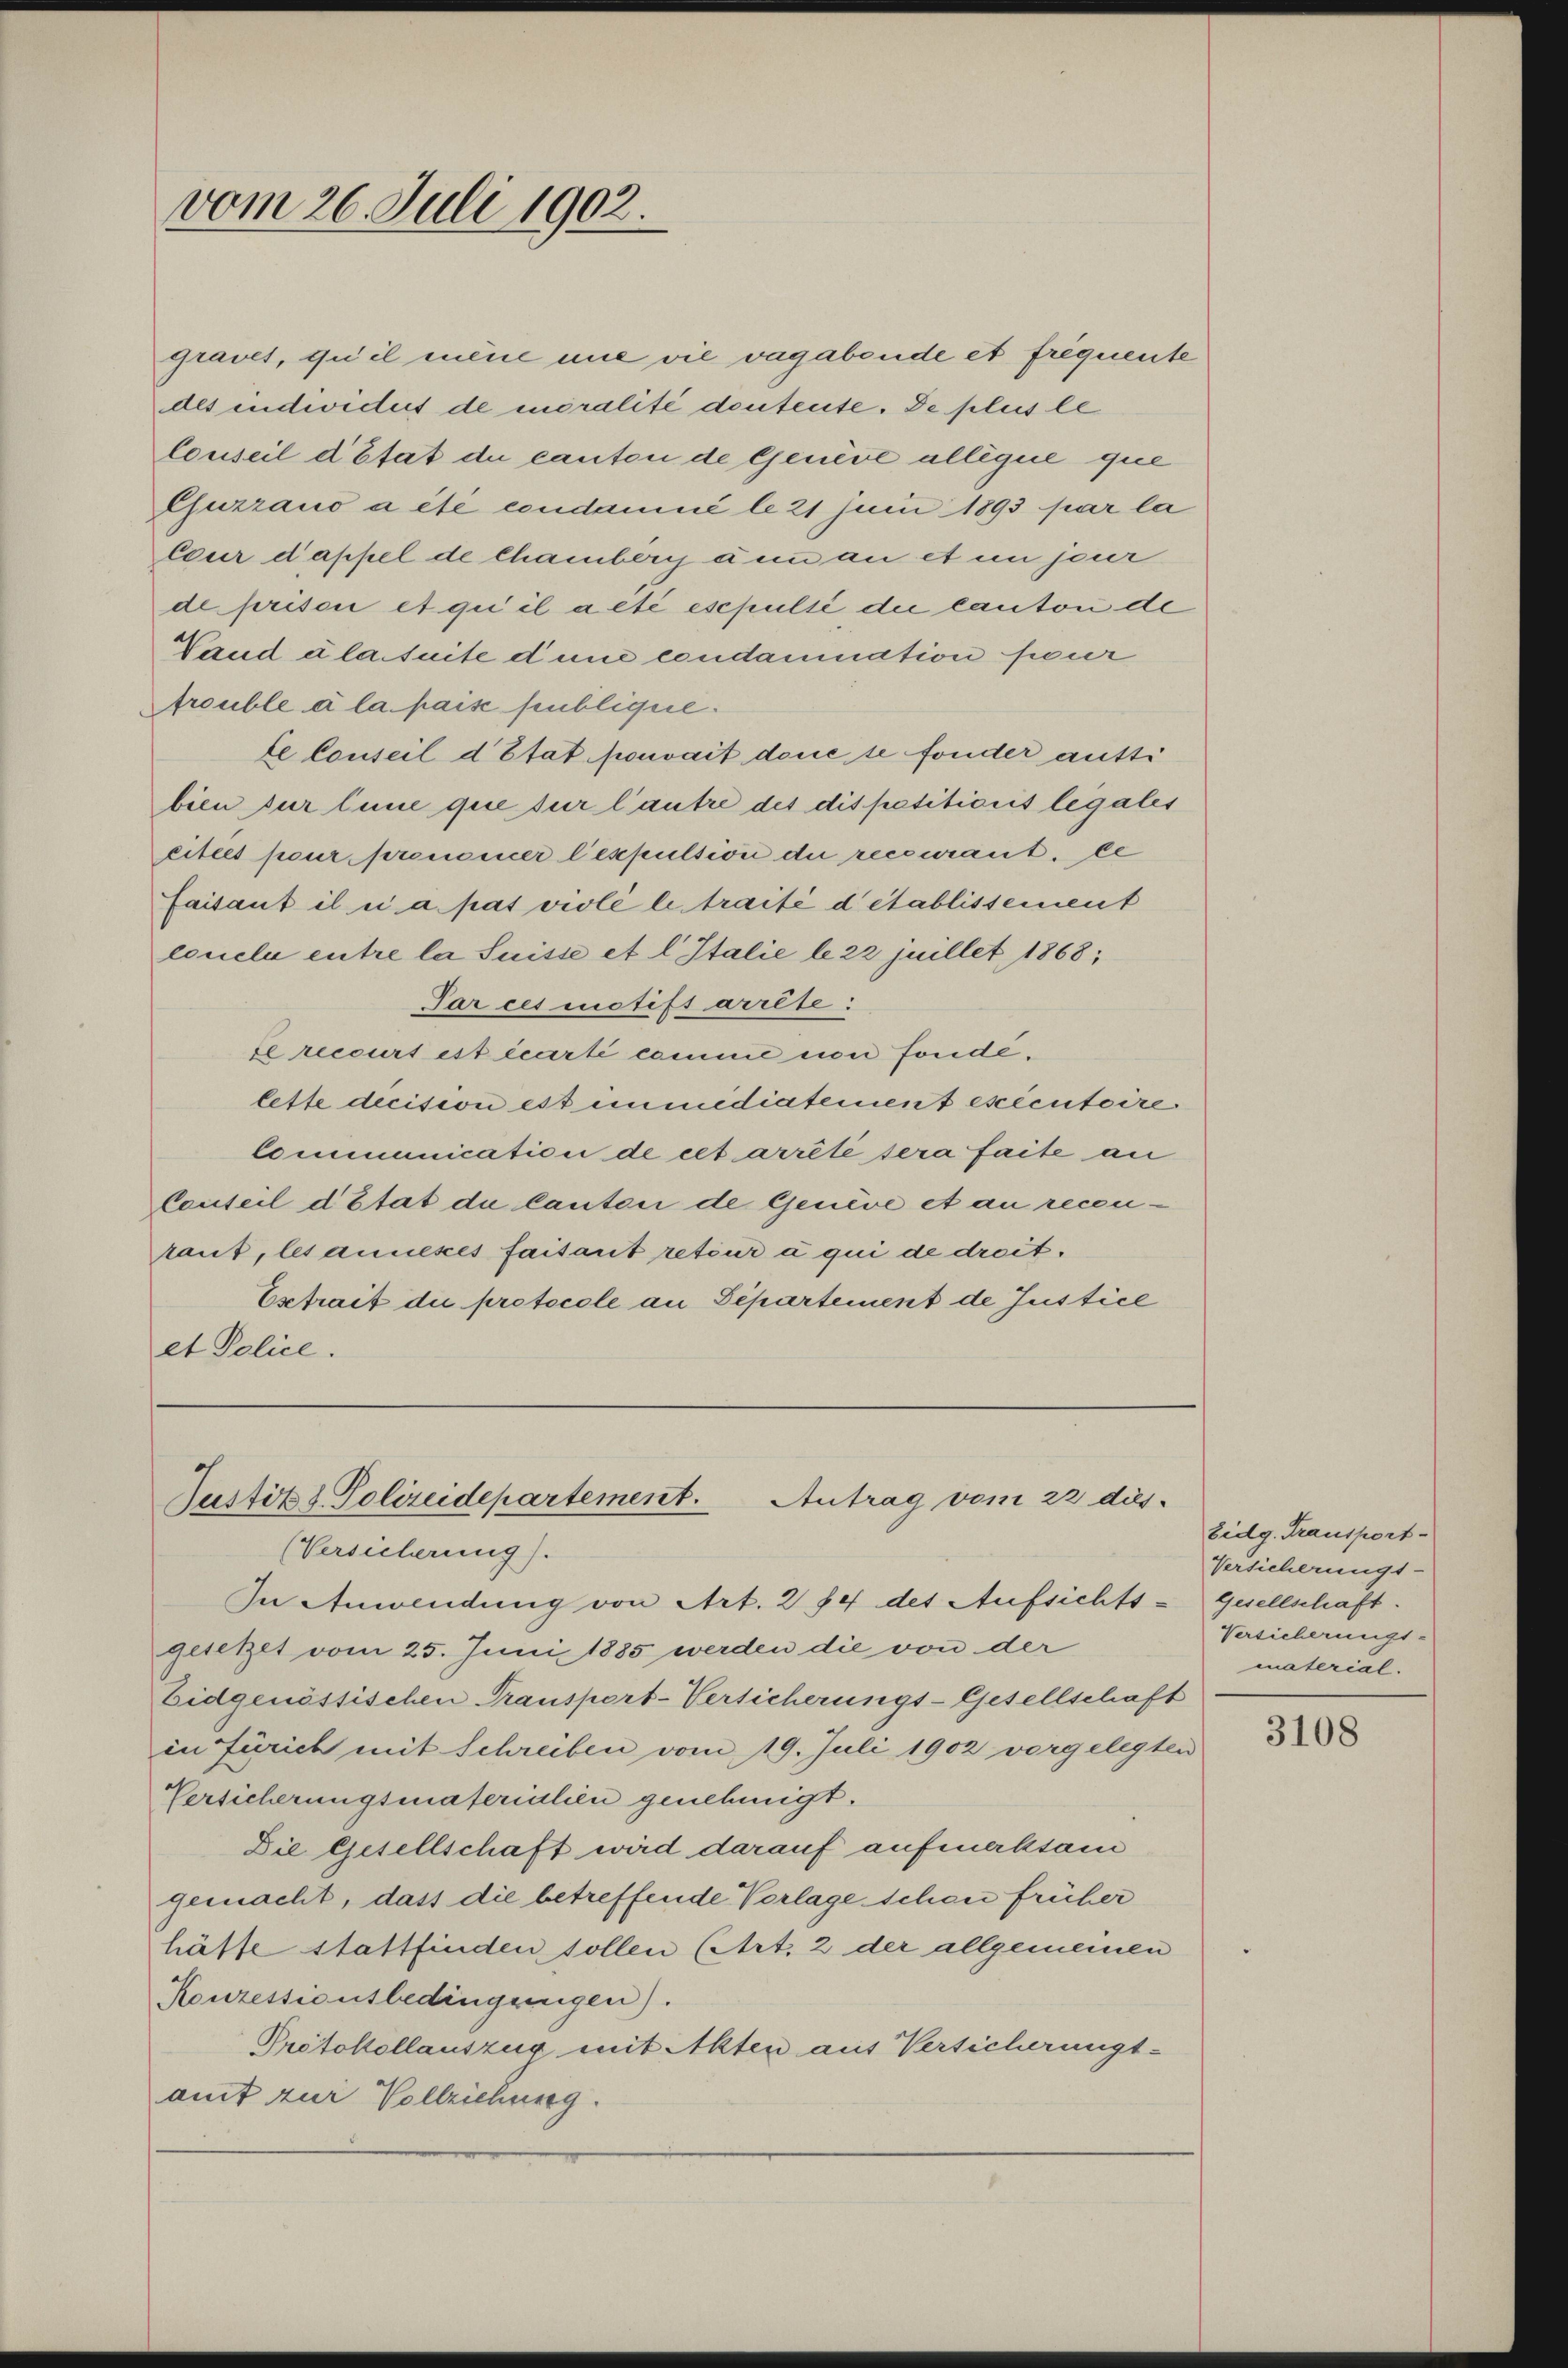
gravet, tu il mine nie vie vagabende et frequente
des individuit de moralité dontente. De plus le
louseil d’Etat de canton de Genève allégue que
Chuzzauo a été condamné le 21 Juni 1893 par la
ceur d’appel de chamberg aun an et in jeur
de prison et qui il a été esepulté die Canton de
Vandalaisuite d’une condamination four
frouble à la paise sublique.
te Conseil d’Etat pouvait dene se fonder gutti
bien der Eine que sur l’autre des dit petiticiis legales
citées pour prononcer lexpulsion der recourant. De
faisant il ii a. pas violé le traité détablissement
louela entre la Suisse et l. Italie le 22 juillet 1868;
Par ces motift arrête:
te recourt est écurti comme von Fonde.
lette decision est immediatement exécutoire.
Communication de cet arrêté sera faite an
Cauteil d’Etat de lauten de Genève et an recentaut, les anneses faisant reteur à qui de dreit.
Esetrait die protocole an Separtement de Justice
et Police.

vom 26. Juli 1902.

Justiz & Polizeidepartement.
Antrag vom 22 dies

(Versicherung).
In Anwendung von Art. 284 des Aufsichts-
gesetzet vom 25. Juni 1885 werden die von der
Eidgenössischen Transport-Versicherungs-Gesellschaft
in Zürich mit Schreiben vom 19. Juli 1902 vorgelegten
Versicherungsmaterialen genehmigt.
Die Gesellschaft wird darauf aufmerksam
gemacht, dass die betreffende Vorlage schon früher
hätte stattfinden sollen (Art. 2 der allgemeinen
Konzessionsbedingungen).
Protokollauszug mit Akten aus Versicherungs-
amt zur Vollziehung.

Eidg. Transport-
Versicherungs-
Gesellschaft.
Versicherungs-
material.

3108